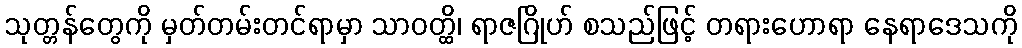
သုတ္တန်တွေကို မှတ်တမ်းတင်ရာမှာ သာဝတ္ထိ၊ ရာဇဂြိုဟ် စသည်ဖြင့် တရားဟောရာ နေရာဒေသကို